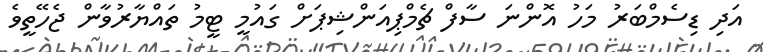
އަދި ޑިސެމްބަރު މަހު އޮންނަ ސާފް ޗެމްޕިއަންޝިޕަށް ގައުމީ ޓީމު ތައްޔާރުވާން ޖެހޭތީވެ